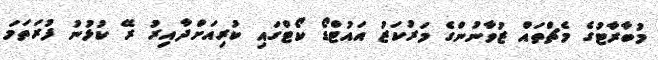
މުބާރާޓުގެ މެޗްތައް ޒުވާނުންގެ މަރުކަޒު އައުޓްޑޯ ކޯޓްގައި ކުރިއަށްދާއިރު ރޭ ކުޅުނު ފުރަތަމަ